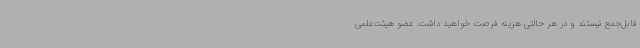
قابل‌جمع نیستند و در هر حالتی هزینه فرصت خواهید داشت. عضو هیئت‌علمی